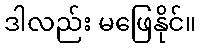
ဒါလည်း မဖြေနိုင်။